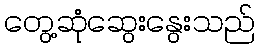
တွေ့ဆုံဆွေးနွေးသည်